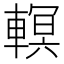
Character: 𨎁